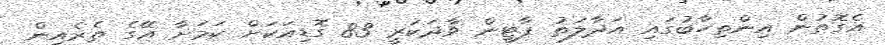
އެގޮތުން އިންތިހާބުގައި އަދާލަތު ޕާޓީން ވާދަކުރީ 83 ގޮޑިއަކަށް ކަމަށާ އޭގެ ތެރެއިން